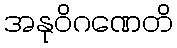
အနုဝိဂဏေတိ